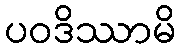
ပဝဒိဿာမိ